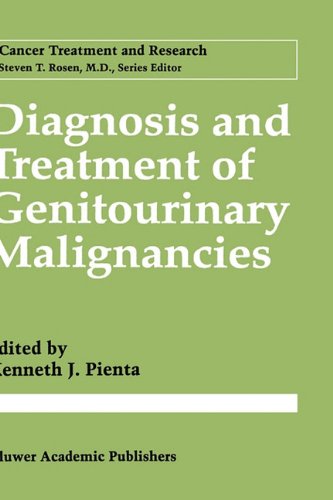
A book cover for Diagnosis and Treatment of Genitourinary Malignancies (Cancer Treatment and Research); Medical Books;